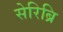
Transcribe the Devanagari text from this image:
सेरिब्रि